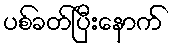
ပစ်ခတ်ပြီးနောက်